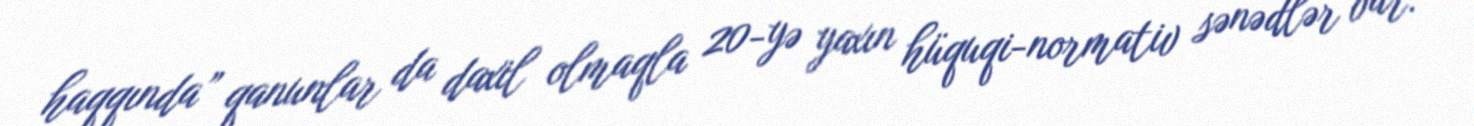
haqqında” qanunlar da daxil olmaqla 20-yə yaxın hüquqi-normativ sənədlər var.